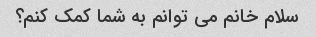
سلام خانم می توانم به شما کمک کنم؟